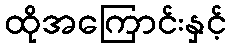
ထိုအကြောင်းနှင့်